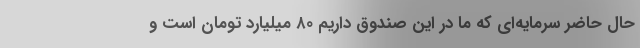
حال حاضر سرمایه‌ای که ما در این صندوق داریم ۸۰ میلیارد تومان است و